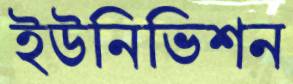
ইউনিভিশন